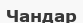
Чандар